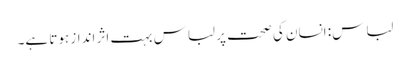
لباس: انسان کی صحت پر لباس بہت اثر انداز ہوتا ہے۔